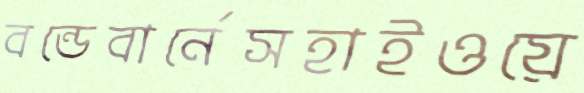
বন্ডেবার্নেসহাইওয়ে